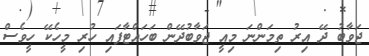
ޖަވާބު ދޭ އިރު ތިމަންނަ މިއީ ޖަވާބުދޭން ބަހައްޓާފައި ހުރި މީހެކޭ ހީވެސް